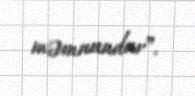
məmnundur”.